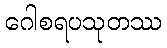
ဂေါစရပသုတဿ